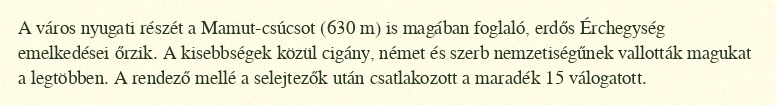
A város nyugati részét a Mamut-csúcsot (630 m) is magában foglaló, erdős Érchegység emelkedései őrzik. A kisebbségek közül cigány, német és szerb nemzetiségűnek vallották magukat a legtöbben. A rendező mellé a selejtezők után csatlakozott a maradék 15 válogatott.